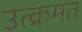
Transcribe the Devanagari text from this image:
उत्क्रमत